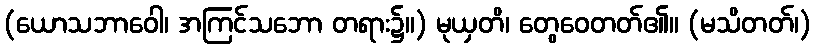
(ယောသဘာဝေါ၊ အကြင်သဘော တရား၌။) မုယှတိ၊ တွေဝေတတ်၏။ (မသိတတ်၊)